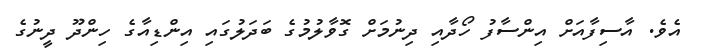
އެވެ. އާސިފާއަށް އިންސާފު ހޯދާއި ދިނުމަށް ގޮވާލުމުގެ ބަދަލުގައި އިންޑިއާގެ ހިންދޫ ދީނުގެ